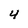
Character: 4